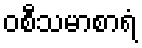
ဝစီသမာစာရံ